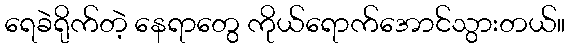
ရေခဲရိုက်တဲ့ နေရာတွေ ကိုယ်ရောက်အောင်သွားတယ်။